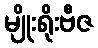
မျိုးရိုးဗီဇ